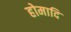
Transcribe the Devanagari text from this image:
होमादि